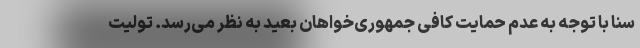
سنا با توجه به عدم حمایت کافی جمهوری‌خواهان بعید به نظر می‌رسد. تولیت